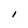
Character: I